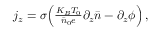
\begin{array} { r } { j _ { z } = \sigma \Big ( \frac { K _ { B } T _ { 0 } } { \bar { n } _ { 0 } e } \partial _ { z } \bar { n } - \partial _ { z } \phi \Big ) \, , } \end{array}